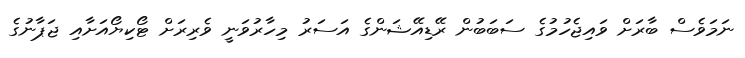
ނަމަވެސް ބާރަށް ވައިޖެހުމުގެ ސަބަބުން ރޭޑިއޭޝަންގެ އަސަރު މިހާރުވަނީ ވެރިރަށް ޓޯކިޔޯއަށާއި ޖަޕާނުގެ